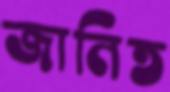
জানিত